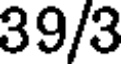
39/3